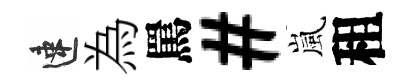
速為罵#嵐租